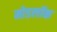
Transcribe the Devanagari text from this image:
मोडलॉक